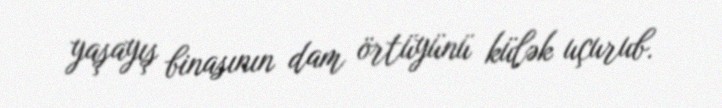
yaşayış binasının dam örtüyünü külək uçurub.